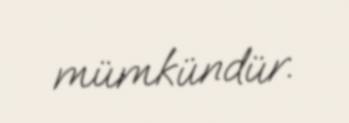
mümkündür.